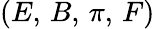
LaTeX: (E,\, B,\, \pi,\, F)